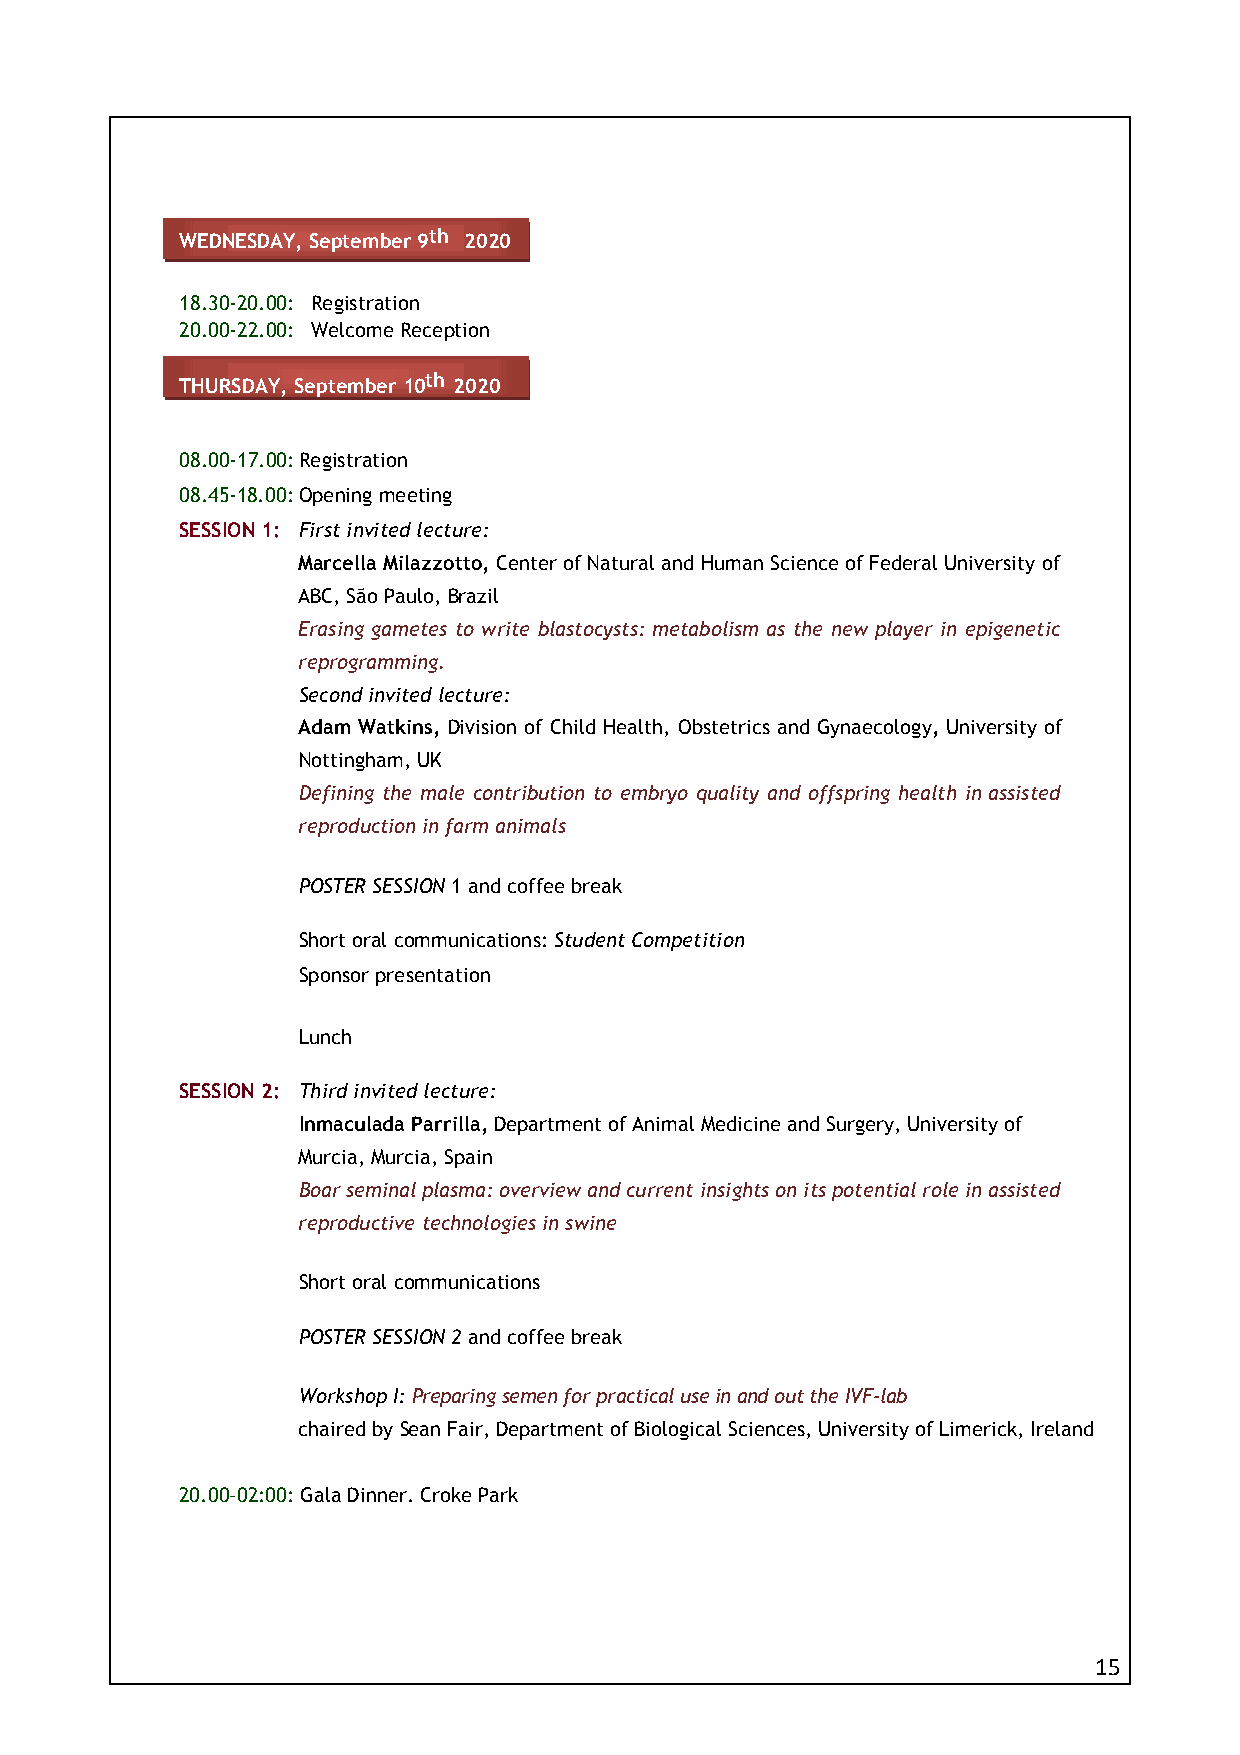
WEDNESDAY, September 9th 2020
 18.30-20.00: Registration
 20.00-22.00: Welcome Reception
 THURSDAY, September 10th 2020
 08.00-17.00: Registration
 08.45-18.00: Opening meeting
 SESSION 1: First invited lecture:
 Marcella Milazzotto, Center of Natural and Human Science of Federal University of
 ABC, São Paulo, Brazil
 Erasing gametes to write blastocysts: metabolism as the new player in epigenetic
 reprogramming.
 Second invited lecture:
 Adam Watkins, Division of Child Health, Obstetrics and Gynaecology, University of
 Nottingham, UK
 Defining the male contribution to embryo quality and offspring health in assisted
 reproduction in farm animals
 POSTER SESSION 1 and coffee break
 Short oral communications: Student Competition
 Sponsor presentation
 Lunch
 SESSION 2: Third invited lecture:
 Inmaculada Parrilla, Department of Animal Medicine and Surgery, University of
 Murcia, Murcia, Spain
 Boar seminal plasma: overview and current insights on its potential role in assisted
 reproductive technologies in swine
 Short oral communications
 POSTER SESSION 2 and coffee break
 Workshop I: Preparing semen for practical use in and out the IVF-lab
 chaired by Sean Fair, Department of Biological Sciences, University of Limerick, Ireland
 20.00–02:00: Gala Dinner. Croke Park
 15